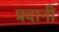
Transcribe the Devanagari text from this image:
प्रदानी